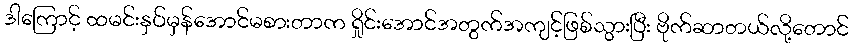
ဒါကြောင့် ထမင်းနှပ်မှန်အောင်မစားတာက ရှိုင်းအောင်အတွက်အကျင့်ဖြစ်သွားပြီး ဗိုက်ဆာတယ်လို့တောင်